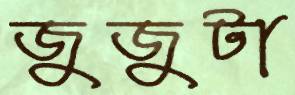
জুজুটা